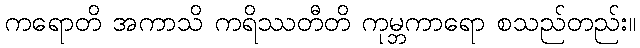
ကရောတိ အကာသိ ကရိဿတီတိ ကုမ္ဘကာရော စသည်တည်း။